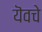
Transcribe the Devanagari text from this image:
यॆवचे